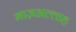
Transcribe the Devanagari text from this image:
माज़अल्लाह